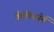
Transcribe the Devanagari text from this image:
कैलिफॉर्म